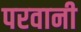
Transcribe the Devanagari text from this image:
परवानी